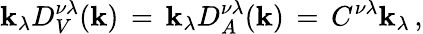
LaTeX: \mathbf{k}_{\lambda}D_{V}^{\nu\lambda}(\mathbf{k})\, =\, \mathbf{k}_{\lambda}D_{A}^{\nu\lambda}(\mathbf{k})\, =\, C^{\nu\lambda}\mathbf{k}_{\lambda}\, ,